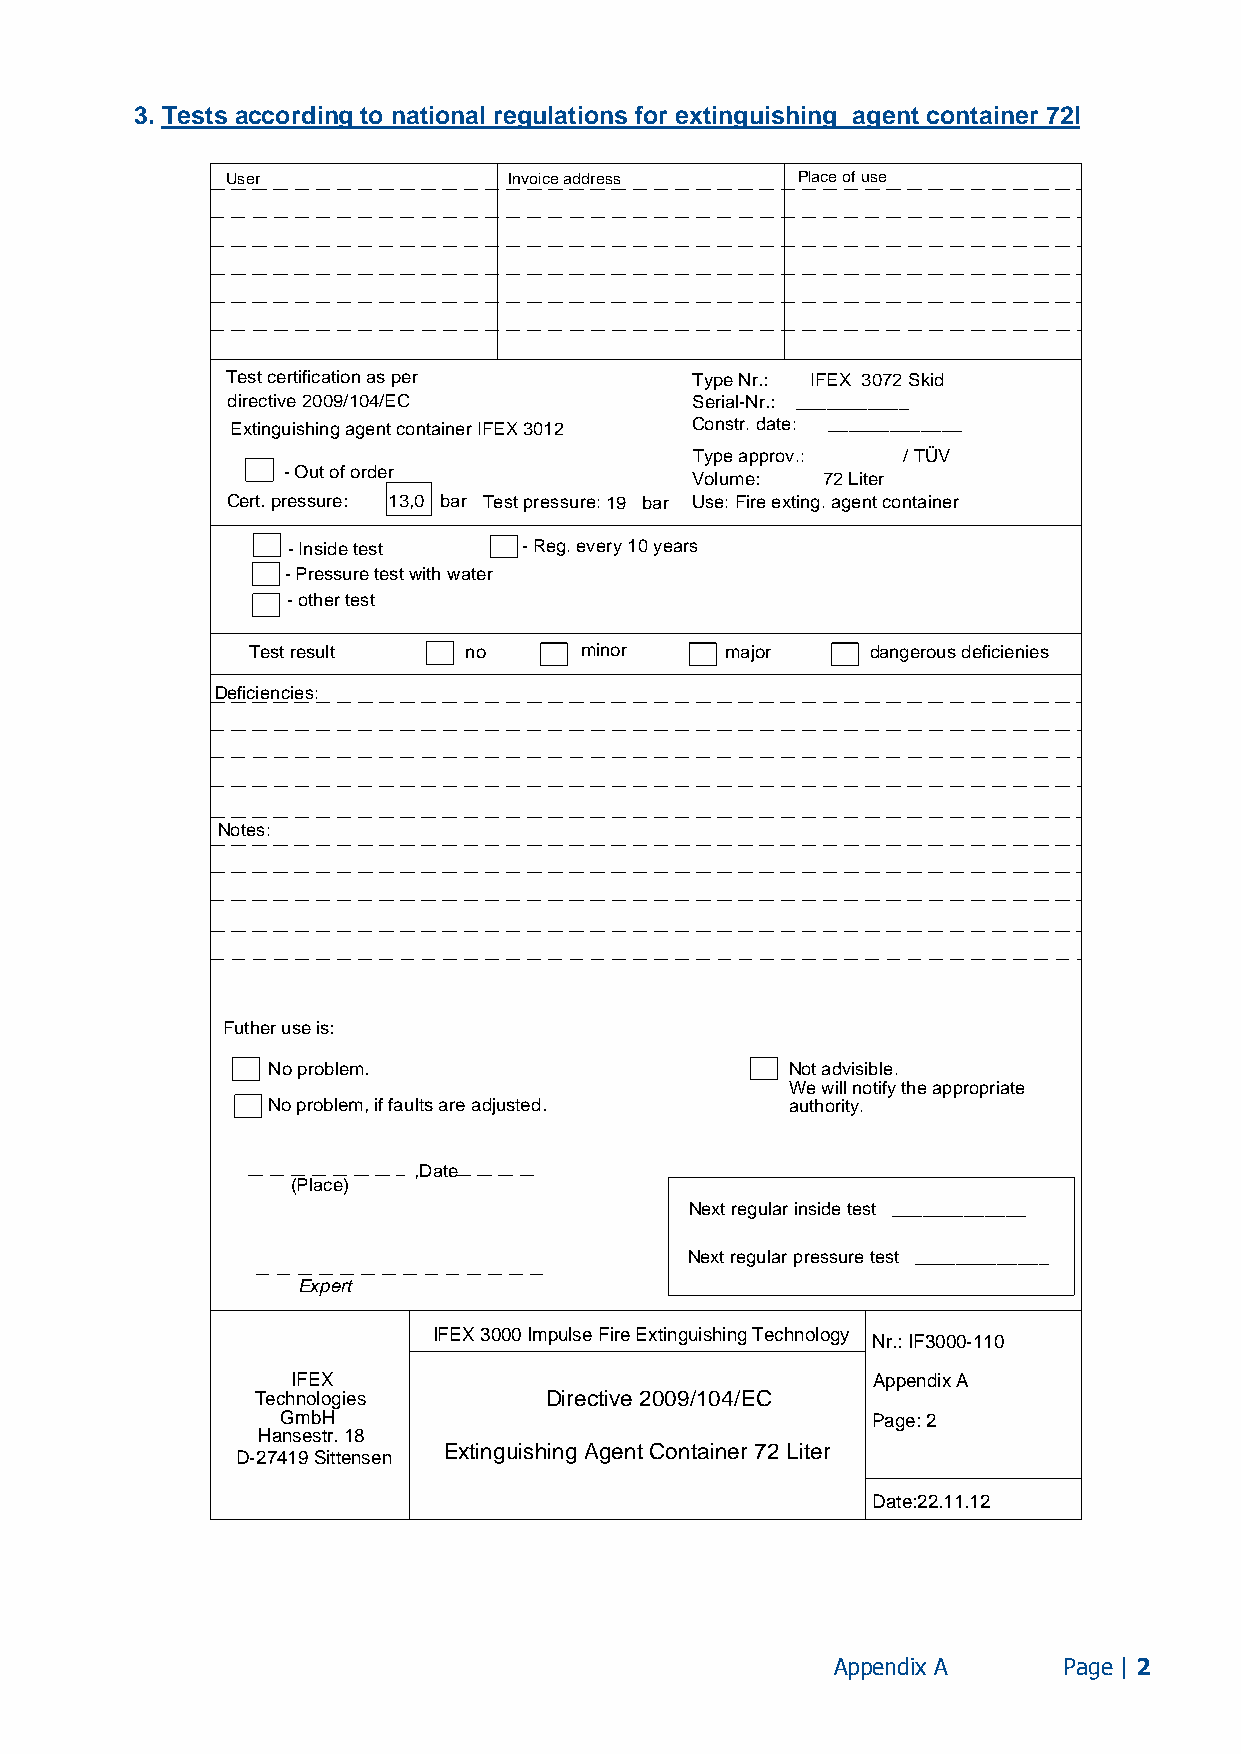
3. Tests according to national regulations for extinguishing agent container 72l
 User               Invoice address    Place of use
 Test certification as per      Type Nr.: IFEX 3072 Skid
 directive 2009/104/EC          Serial-Nr.: ___________
 Extinguishing agent container IFEX 3012 Constr. date: _____________
 Type approv.: / TÜV
 - Out of order
 Volume: 72 Liter
 Cert. pressure: 13,0 bar Test pressure:19 bar Use: Fire exting. agent container
 - Inside test   - Reg. every 10 years
 - Pressure test with water
 - other test
 Test result    no     minor     major     dangerous deficienies
 Deficiencies:
 Notes:
 Futher use is:
 No problem.                       Not advisible.
 We will notify the appropriate
 No problem, if faults are adjusted. authority.
 ,Date
 (Place)
 Next regular inside test _____________
 Next regular pressure test _____________
 Expert
 IFEX 3000 Impulse Fire Extinguishing Technology
 Nr.: IF3000-110
 IFEX                                   Appendix A
 Technologies       Directive 2009/104/EC
 GmbH                                   Page: 2
 Hansestr. 18
 D-27419 Sittensen
 Extinguishing Agent Container 72 Liter
 Date:22.11.12
 Appendix A     Page | 2